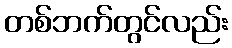
တစ်ဘက်တွင်လည်း